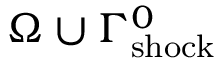
\Omega \cup \Gamma _ { \mathrm { { s h o c k } } } ^ { 0 }